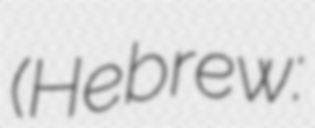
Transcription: (Hebrew: